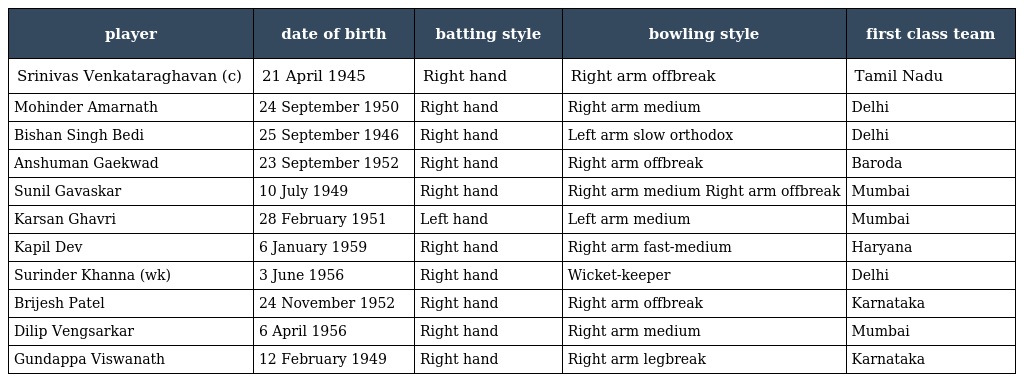
| player | date of birth | batting style | bowling style | first class team |
 | --- | --- | --- | --- | --- |
 | Srinivas Venkataraghavan (c) | 21 April 1945 | Right hand | Right arm offbreak | Tamil Nadu |
 | Mohinder Amarnath | 24 September 1950 | Right hand | Right arm medium | Delhi |
 | Bishan Singh Bedi | 25 September 1946 | Right hand | Left arm slow orthodox | Delhi |
 | Anshuman Gaekwad | 23 September 1952 | Right hand | Right arm offbreak | Baroda |
 | Sunil Gavaskar | 10 July 1949 | Right hand | Right arm medium Right arm offbreak | Mumbai |
 | Karsan Ghavri | 28 February 1951 | Left hand | Left arm medium | Mumbai |
 | Kapil Dev | 6 January 1959 | Right hand | Right arm fast-medium | Haryana |
 | Surinder Khanna (wk) | 3 June 1956 | Right hand | Wicket-keeper | Delhi |
 | Brijesh Patel | 24 November 1952 | Right hand | Right arm offbreak | Karnataka |
 | Dilip Vengsarkar | 6 April 1956 | Right hand | Right arm medium | Mumbai |
 | Gundappa Viswanath | 12 February 1949 | Right hand | Right arm legbreak | Karnataka |